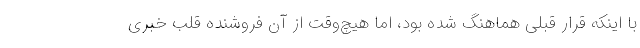
با اینکه قرار قبلی هماهنگ شده بود، اما هیچ‌وقت از آن فروشنده قلب خبری